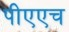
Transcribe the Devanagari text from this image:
पीएएच